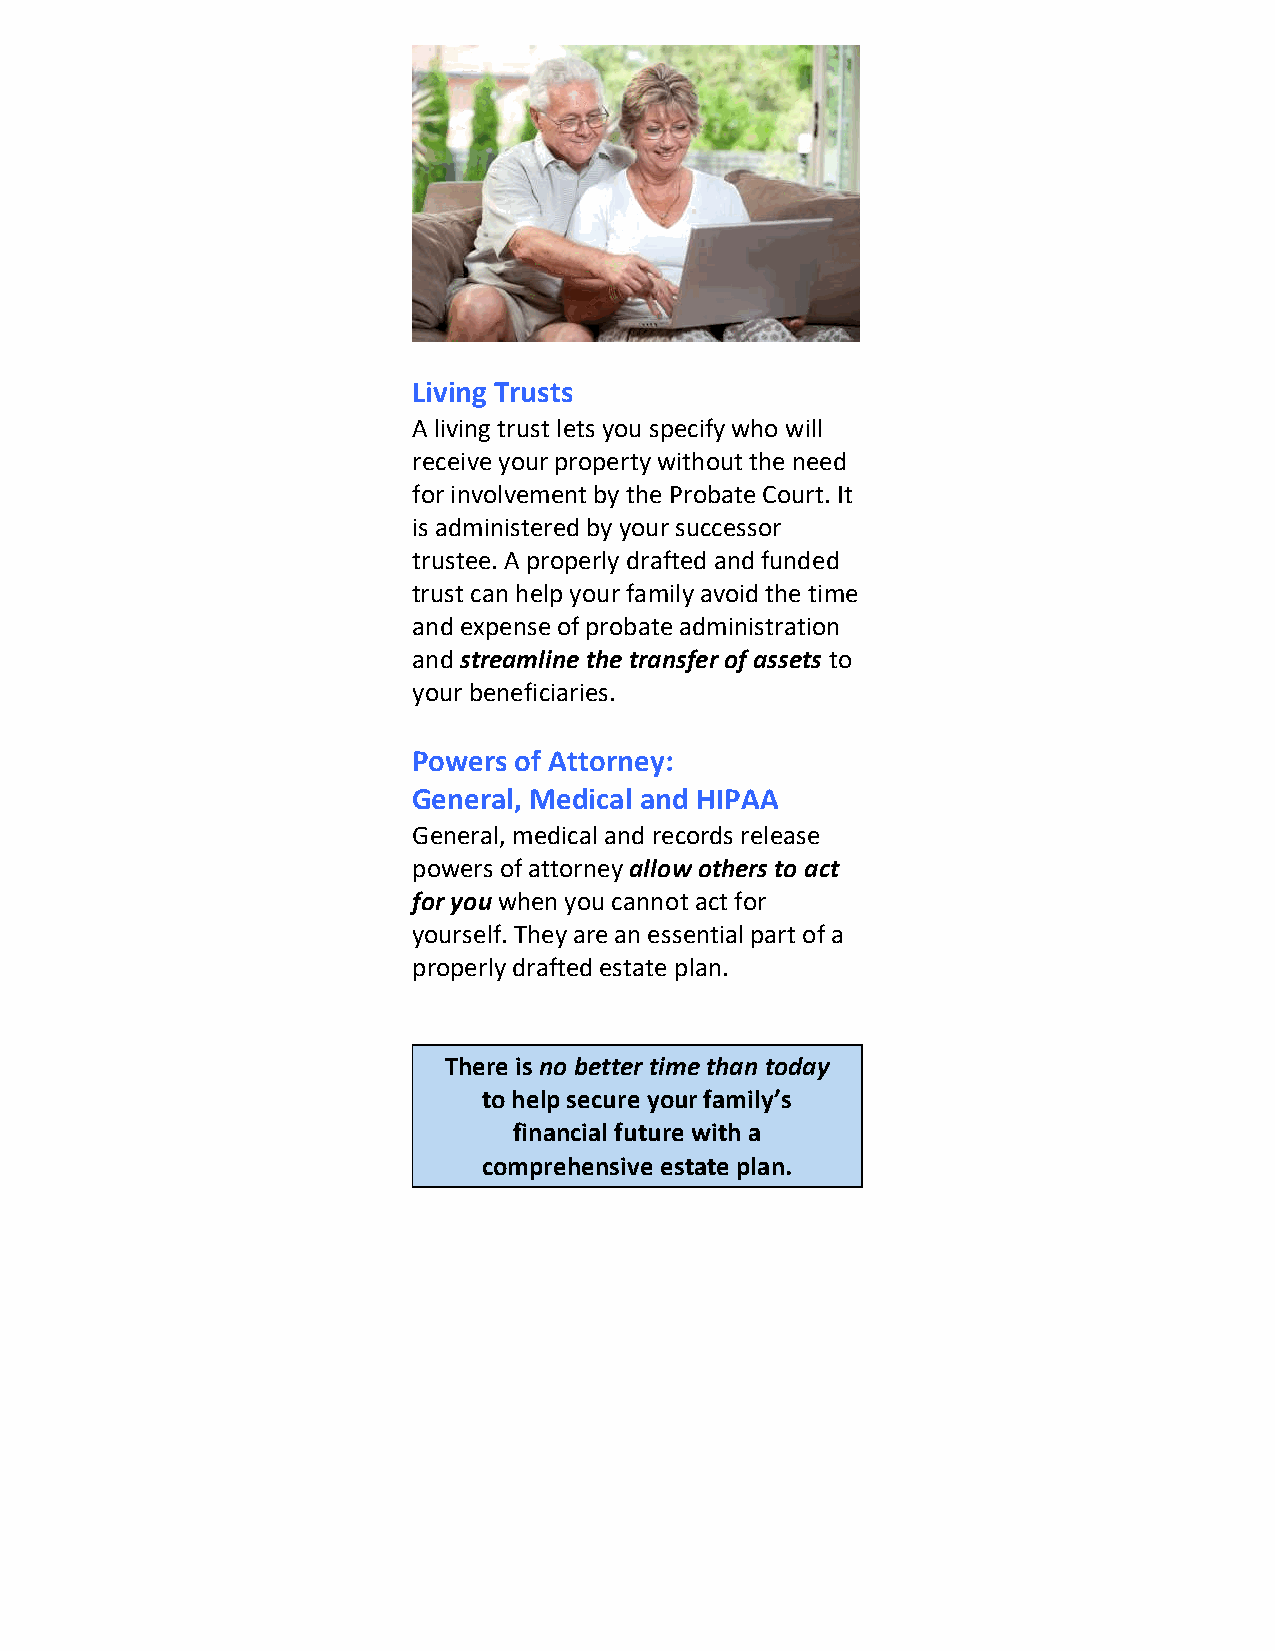
Living Trusts
 A living trust lets you specify who will
 receive your property without the need
 for involvement by the Probate Court. It
 is administered by your successor
 trustee. A properly drafted and funded
 trust can help your family avoid the time
 and expense of probate administration
 and streamline the transfer of assets to
 your beneficiaries.
 Powers of Attorney:
 General, Medical and HIPAA
 General, medical and records release
 powers of attorney allow others to act
 for you when you cannot act for
 yourself. They are an essential part of a
 properly drafted estate plan.
 There is no better time than today
 to help secure your family’s
 financial future with a
 comprehensive estate plan.